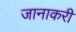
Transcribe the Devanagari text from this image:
जानाकरी